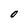
Character: O